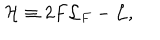
{ \cal H } \equiv 2 F { \cal L } _ { F } - { \cal L } ,